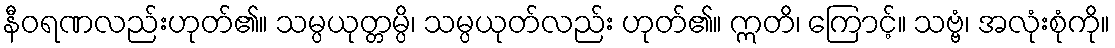
နီဝရဏလည်းဟုတ်၏။ သမ္ပယုတ္တမ္ပိ၊ သမ္ပယုတ်လည်း ဟုတ်၏။ ဣတိ၊ ကြောင့်။ သဗ္ဗံ၊ အလုံးစုံကို။